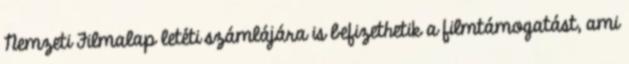
Nemzeti Filmalap letéti számlájára is befizethetik a filmtámogatást, ami